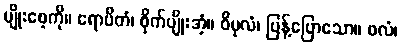
မျိုးစေ့ကို။ ရောပိတံ၊ စိုက်ပျိုးအံ့။ ဝိပုလံ၊ ပြန့်ပြောသော။ ဖလံ၊